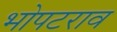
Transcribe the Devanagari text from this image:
भोपटराव